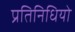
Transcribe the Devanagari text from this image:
प्रतिनिधियो